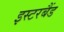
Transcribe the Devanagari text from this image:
इस्टरबैंड